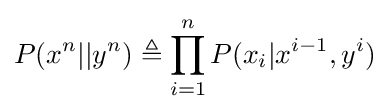
P(x^{n}||y^{n})\triangleq \prod _{i=1}^{n}P(x_{i}|x^{i-1},y^{i})